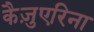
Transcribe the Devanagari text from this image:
कैज़ुएरिना